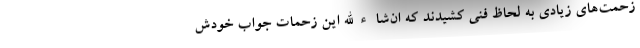
زحمت‌های زیادی به لحاظ فنی کشیدند که ان‌شاءالله این زحمات جواب خودش